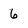
Character: 6